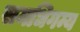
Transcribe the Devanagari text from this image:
समधिगम्य